Vaccination United Provinces of Agra and Oudh 1923-1928 - 1923-1928
Year: 1923
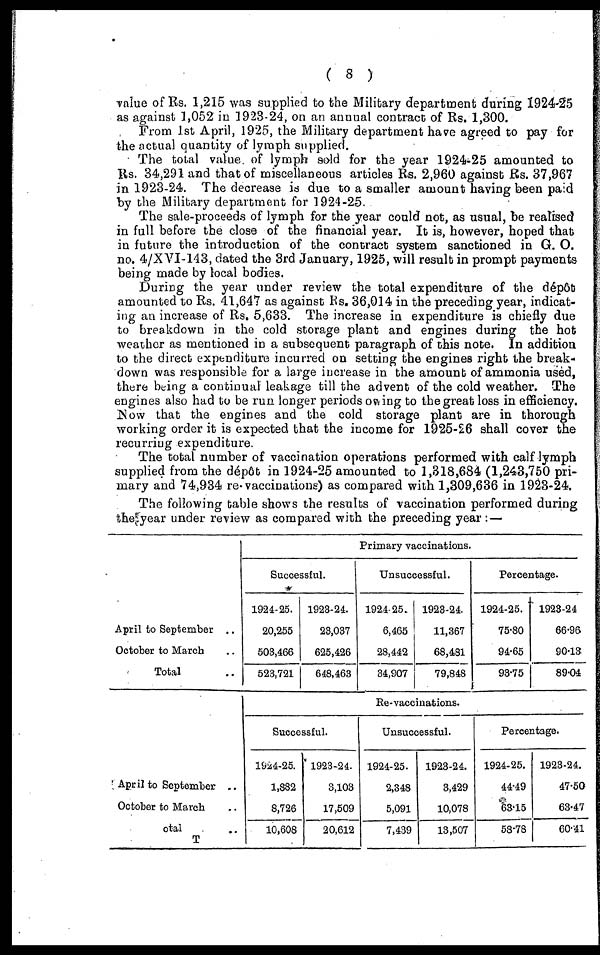
( 8 )
value of Rs. 1,215 was supplied to the Military department during 1924-25
as against 1,052 in 1923-24, on an annual contract of Rs. 1,300.
From 1st April, 1925, the Military department have agreed to pay for
the actual quantity of lymph supplied.
The total value of lymph sold for the year 1924-25 amounted to
Rs. 34,291 and that of miscellaneous articles Rs. 2,960 against Rs. 37,967
in 1923-24. The decrease is due to a smaller amount having been paid
by the Military department for 1924-25
The sale-proceeds of lymph for the year could not, as usual, be realised
in full before the close of the financial year. It is, however, hoped that
in future the introduction of the contract system sanctioned in G. O.
no. 4/XVI-143, dated the 3rd January, 1925, will result in prompt payments
being made by local bodies.
During the year under review the total expenditure of the dépôt
amounted to Rs. 41,647 as against Rs. 36,014 in the preceding year, indicat-
ing an increase of Rs. 5,633. The increase in expenditure is chiefly due
to breakdown in the cold storage plant and engines during the hot
weather as mentioned in a subsequent paragraph of this note. In addition
to the direct expenditure incurred on setting the engines right the break-
down was responsible for a large increase in the amount of ammonia used,
there being a continual leakage till the advent of the cold weather. The
engines also had to be run longer periods owing to the great loss in efficiency.
Now that the engines and the cold storage plant are in thorough
working order it is expected that the income for 1925-26 shall cover the
recurring expenditure.
The total number of vaccination operations performed with calf lymph
supplied from the dépôt in 1924-25 amounted to 1,318,684 (1,243,750 pri-
mary and 74,934 re-vaccinations) as compared with 1,309,636 in 1923-24.
The following table shows the results of vaccination performed during
the year under review as compared with the preceding year: —
April to September ..
October to March ..
Total ..
April to September ..
October to March ..
Total ..
Primary vaccinations.
Successful.
1924-25.
20,255
503,466
523,721
1923-24.
23,037
625,426
648,463
Unsuccessful.
1924-25.
6,465
28,442
34,907
1923-24.
11,367
68,481
79,848
Percentage.
1924-25.
75.80
94.65
93.75
1923-24
66.96
90.13
89.04
Re-vaccinations.
Successful.
1924-25.
1,882
8,726
10,608
1923-24.
3,103
17,509
20,612
Unsuccessful.
1924-25.
2,348
5,091
7,439
1923-24.
3,429
10,078
13,507
Percentage.
1924-25.
44.49
63.15
53.78
1923-24.
47.50
63.47
60.41